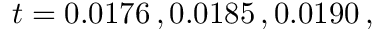
t = 0 . 0 1 7 6 \, , 0 . 0 1 8 5 \, , 0 . 0 1 9 0 \, ,